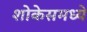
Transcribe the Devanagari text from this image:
शोकेसमध्ये